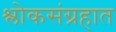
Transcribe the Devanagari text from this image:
श्लोकसंग्रहात